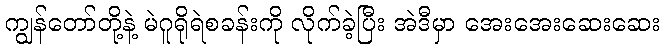
ကျွန်တော်တို့နဲ့ မဲဂူရိုရဲစခန်းကို လိုက်ခဲ့ပြီး အဲဒီမှာ အေးအေးဆေးဆေး